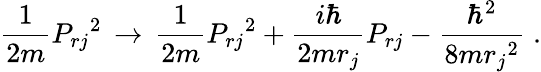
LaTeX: \frac{1}{2m}{P_{rj}}^{2}\, \rightarrow\, \frac{1}{2m}{P_{rj}}^{2}+\frac{i\hbar}{2mr_{j}}P_{rj}-\frac{\hbar^{2}}{8m{r_{j}}^{2}}\; .